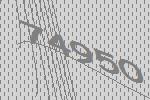
74950